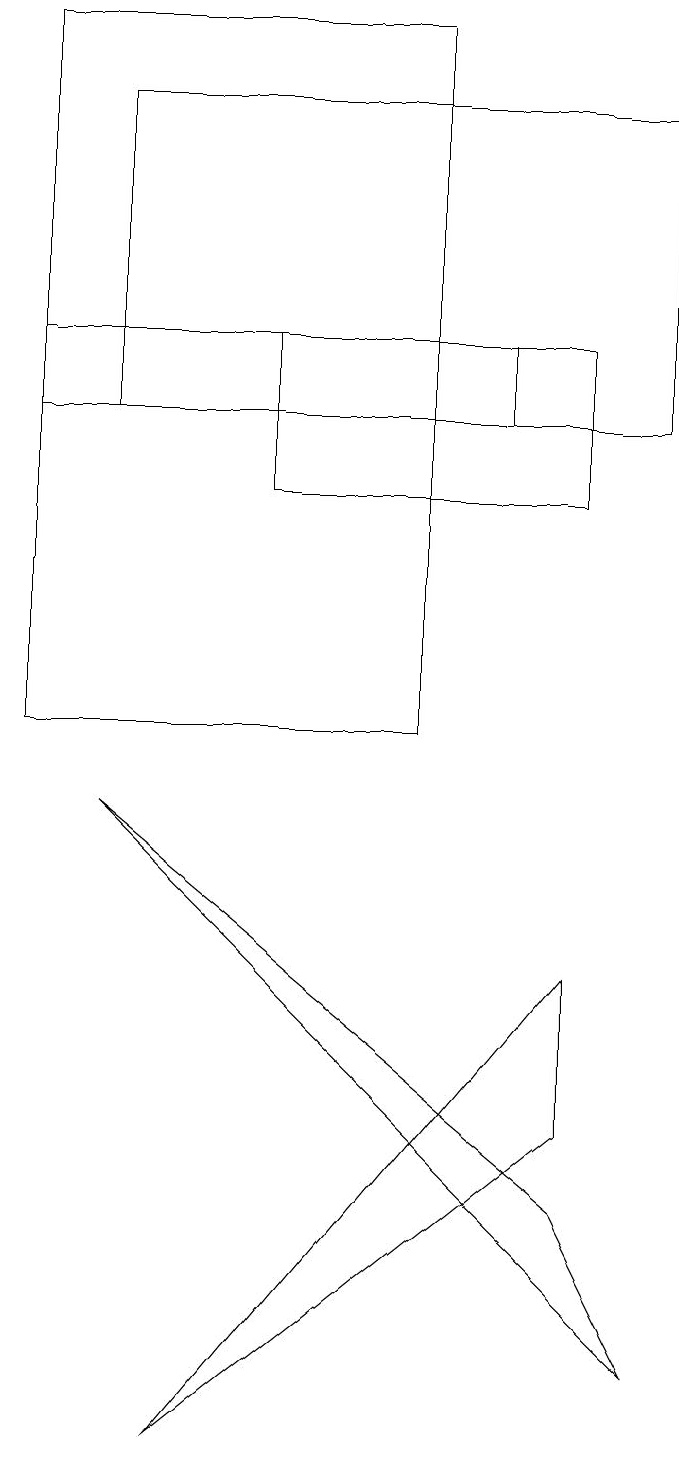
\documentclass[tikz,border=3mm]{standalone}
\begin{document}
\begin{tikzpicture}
\draw (9,14) rectangle (2,18);
\draw (6,19) rectangle (1,10);
\draw (4,15) rectangle (8,13);
\draw (9,2) -- (2,9) -- (8,4) -- cycle;
\draw (3,1) -- (8,5) -- (8,7) -- cycle;
\draw (7,15) rectangle (1,14);
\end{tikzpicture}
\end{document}